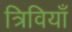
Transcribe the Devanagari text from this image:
त्रिवियाँ